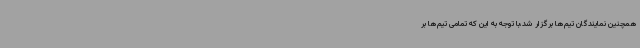
همچنین نمایندگان تیم‌ها برگزار شد،با توجه به این که تمامی تیم‌ها بر